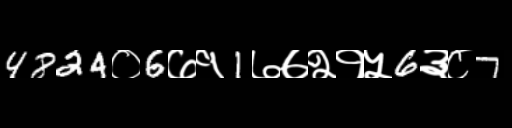
Text: 4824०6७१1७७२१५6३८7